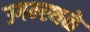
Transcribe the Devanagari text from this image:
उगम्स्थळे